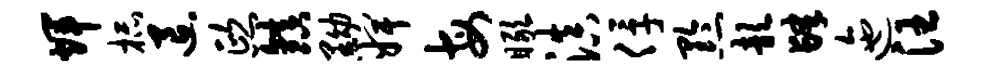
辉杯退熙镇黝婢每瞰滇俘黔歆肆迤汪